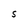
Character: S